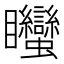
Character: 䂅